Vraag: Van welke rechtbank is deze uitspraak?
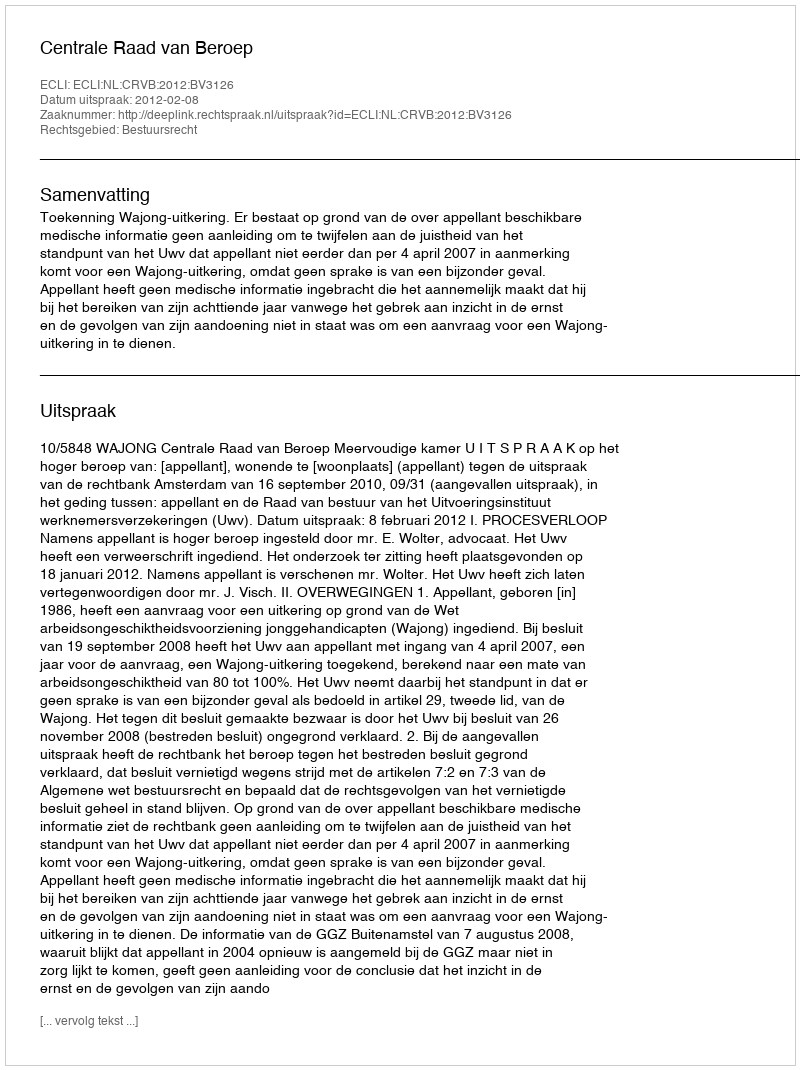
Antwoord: Centrale Raad van Beroep